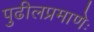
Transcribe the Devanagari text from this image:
पुढीलप्रमाणेः